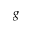
g